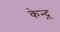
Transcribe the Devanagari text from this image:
केन्द्र्